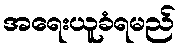
အရေးယူခံရမည်